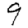
Digit: 9